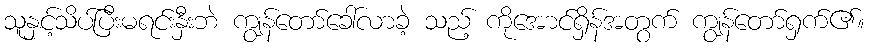
သူနှင့်သိပ်ပြီးမရင်းနှီးဘဲ ကျွန်တော်ခေါ်လာခဲ့ သည့် ကိုအောင်ရှိန်အတွက် ကျွန်တော်ရှက်၏။